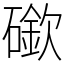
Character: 䃢